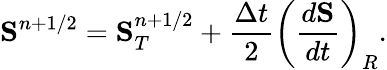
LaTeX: \mathbf{S}^{n+1/2}=\mathbf{S}_{T}^{n+1/2}+\frac{\Delta t}{2}\left(\frac{d\mathbf{S}}{dt}\right)_{R}.